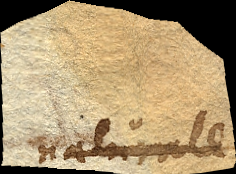
naturale